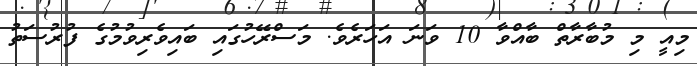
މިއީ މި މުބާރާތް ބާއްވާ 10 ވަނަ އަހަރެވެ. މަސްރޭހުގައި ބައިވެރިވުމުގެ ފުރުސަތު